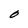
Character: O